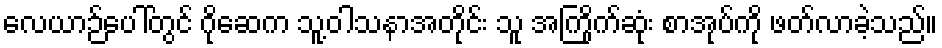
လေယာဉ်ပေါ်တွင် ဂိုဆေက သူ့ဝါသနာအတိုင်း သူ အကြိုက်ဆုံး စာအုပ်ကို ဖတ်လာခဲ့သည်။